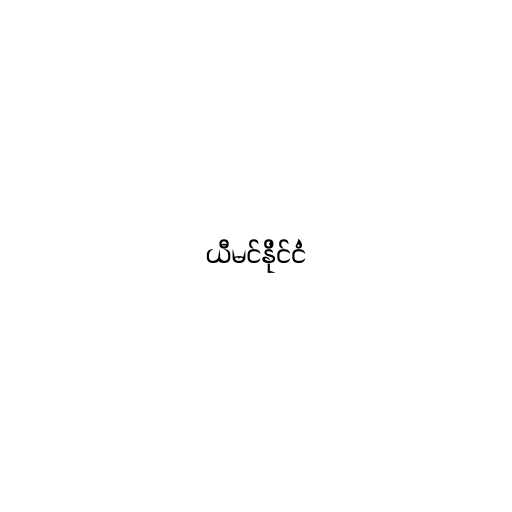
ယီမင်နိုင်ငံ